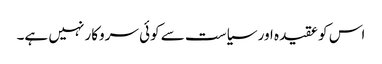
اس کو عقیدہ اور سیاست سے کوئی سروکار نہیں ہے۔